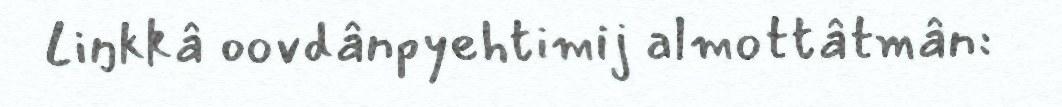
Liŋkkâ oovdânpyehtimij almottâtmân: